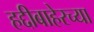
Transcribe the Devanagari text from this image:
हद्दीबाहेरच्या